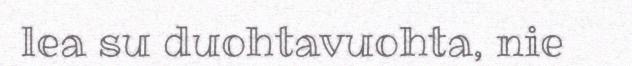
lea su duohtavuohta, nie